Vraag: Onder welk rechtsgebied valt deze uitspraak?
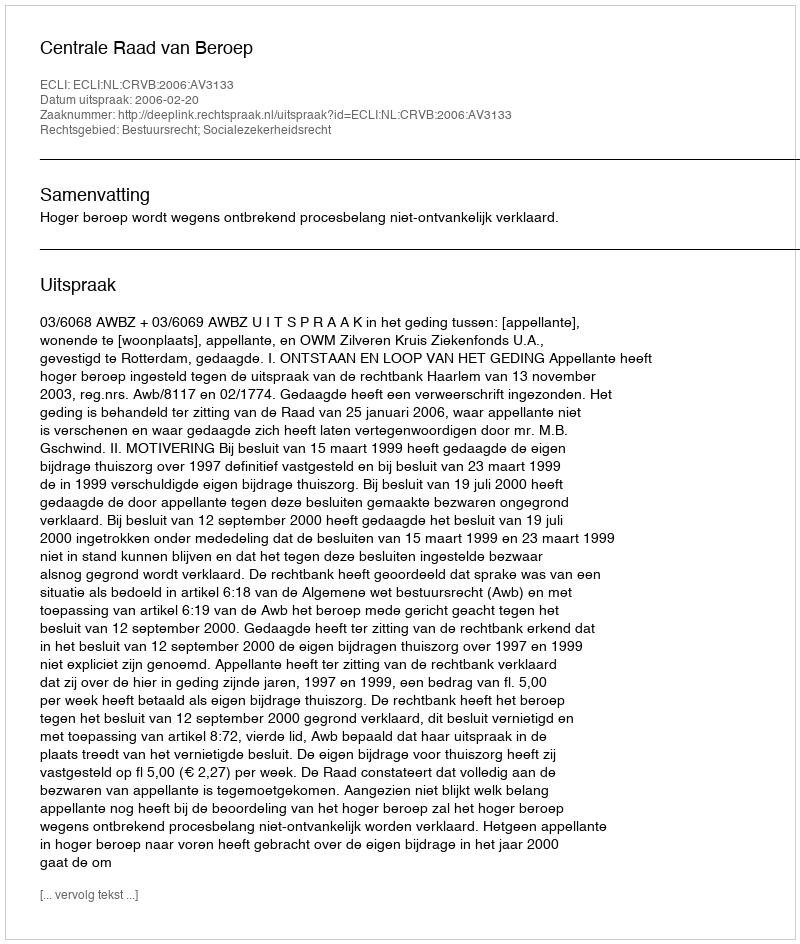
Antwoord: Bestuursrecht; Socialezekerheidsrecht